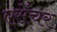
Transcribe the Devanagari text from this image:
एसेंचर